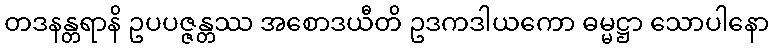
တဒနန္တရာနိ ဥပပဇ္ဇန္တဿ အစောဒယီတိ ဥဒကဒါယကော ဓမ္မဋ္ဌာ သောပါနော